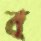
ব